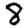
Digit: 8